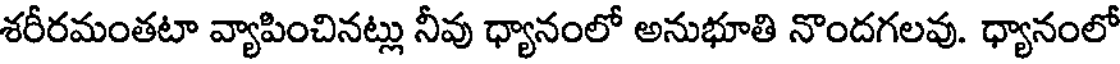
శరీరమంతటా వ్యాపించినట్లు నీవు ధ్యానంలో అనుభూతి నొందగలవు. ధ్యానంలో